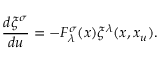
\frac { d \xi ^ { \sigma } } { d u } = - F _ { \lambda } ^ { \sigma } ( x ) \xi ^ { \lambda } ( x , x _ { u } ) .